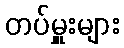
တပ်မှူးများ